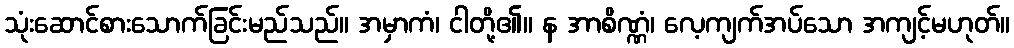
သုံးဆောင်စားသောက်ခြင်းမည်သည်။ အမှာကံ၊ ငါတို့၏။ န အာစိဏ္ဏံ၊ လေ့ကျက်အပ်သော အကျင့်မဟုတ်။